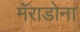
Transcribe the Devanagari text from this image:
मॅराडोना